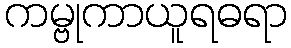
ကမ္ဗုကာယူရဓရာ